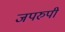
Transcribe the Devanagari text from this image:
जपरुपी